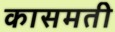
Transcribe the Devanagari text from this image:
कासमती